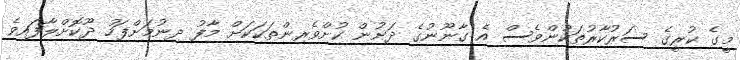
މީގެ ކުރީގެ ސަރުކާރުތަކުންވެސް އެ ގާނޫނުގެ ދަށުން ކުށްވެރިންތަކަކަށް މާފު ދިނުމަށްފަހު ދޫކޮށްލާފައިވެ